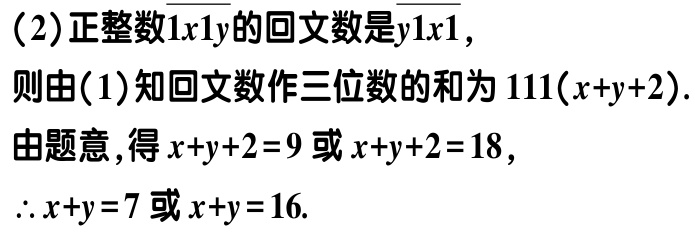
（2）正整数\(\overline{1x1y}\)的回文数是\(\overline{y1x1}\)，

则由（1）知回文数作三位数的和为\(111(x + y + 2)\).

由题意，得\(x + y + 2 = 9\)或\(x + y + 2 = 18\)，

\(\therefore x + y = 7\)或\(x + y = 16\).